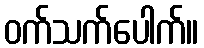
ဝက်သက်ပေါက်။